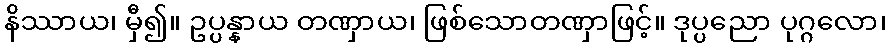
နိဿာယ၊ မှီ၍။ ဥပ္ပန္နာယ တဏှာယ၊ ဖြစ်သောတဏှာဖြင့်။ ဒုပ္ပညော ပုဂ္ဂလော၊